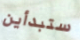
ستبدأين